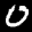
Label: 0